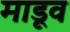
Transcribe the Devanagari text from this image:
माडूव